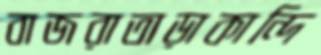
বাজরাতাড়াকান্দি